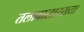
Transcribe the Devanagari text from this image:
तलावासारख्या